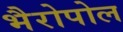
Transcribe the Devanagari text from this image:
भैरोपोल